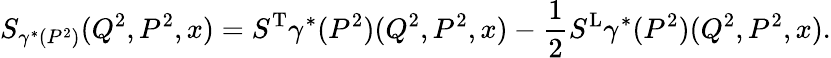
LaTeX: S_{\gamma^{*}(P^{2})}(Q^{2},P^{2},x)=S^{\mathrm{T}}{\gamma^{*}(P^{2})}(Q^{2},P^{2},x)-{\frac{1}{2}}S^{\mathrm{L}}{\gamma^{*}(P^{2})}(Q^{2},P^{2},x).